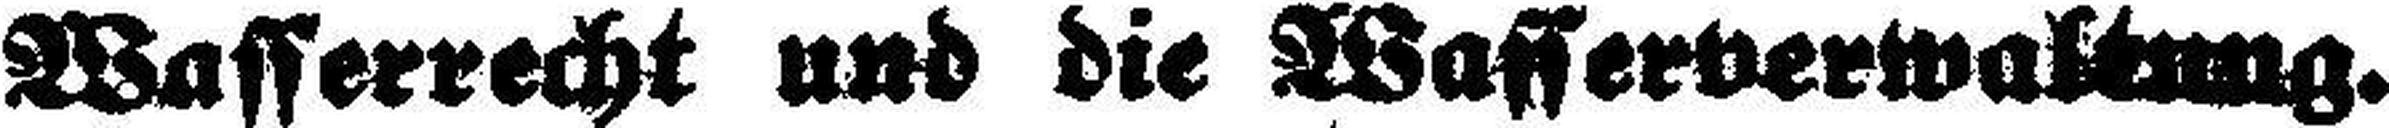
Wasserrecht und die Wasserverwaltung.